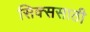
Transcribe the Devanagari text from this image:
सिक्ससाठी